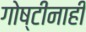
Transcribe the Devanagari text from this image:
गोष्टीनाही